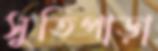
সুতিপাড়া